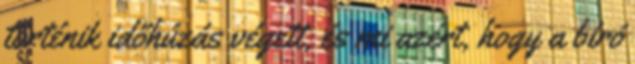
történik időhúzás végett, és mi azért, hogy a bíró